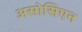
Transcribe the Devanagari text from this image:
असोसिएन